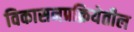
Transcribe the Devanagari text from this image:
विकासनप्रक्रियेतील